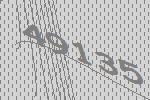
49135